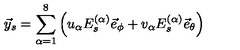
\vec { y } _ { s } = \sum _ { \alpha = 1 } ^ { 8 } \left( u _ { \alpha } E _ { s } ^ { ( \alpha ) } \vec { e } _ { \phi } + v _ { \alpha } E _ { s } ^ { ( \alpha ) } \vec { e } _ { \theta } \right)